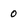
Character: 0